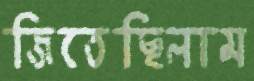
জিতেছিলাম